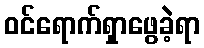
ဝင်ရောက်ရှာဖွေခဲ့ရာ